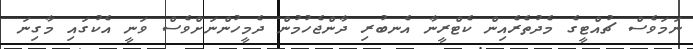
ނަމަވެސް ޗުއްޓީގެ މެދުތެރެއިން ކެޓްރީނާ އެނބުރި ދާންޖެހުމުން ދެމީހުންނަށްވެސް ވަނީ އެކުގައި މާގިނަ